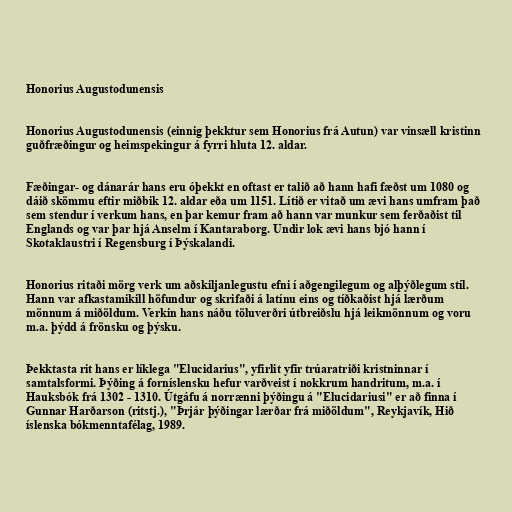
Honorius Augustodunensis

Honorius Augustodunensis (einnig þekktur sem Honorius frá Autun) var vinsæll kristinn
guðfræðingur og heimspekingur á fyrri hluta 12. aldar.

Fæðingar- og dánarár hans eru óþekkt en oftast er talið að hann hafi fæðst um 1080 og
dáið skömmu eftir miðbik 12. aldar eða um 1151. Lítið er vitað um ævi hans umfram það
sem stendur í verkum hans, en þar kemur fram að hann var munkur sem ferðaðist til
Englands og var þar hjá Anselm í Kantaraborg. Undir lok ævi hans bjó hann í
Skotaklaustri í Regensburg í Þýskalandi.

Honorius ritaði mörg verk um aðskiljanlegustu efni í aðgengilegum og alþýðlegum stíl.
Hann var afkastamikill höfundur og skrifaði á latínu eins og tíðkaðist hjá lærðum
mönnum á miðöldum. Verkin hans náðu töluverðri útbreiðslu hjá leikmönnum og voru
m.a. þýdd á frönsku og þýsku.

Þekktasta rit hans er líklega "Elucidarius", yfirlit yfir trúaratriði kristninnar í
samtalsformi. Þýðing á forníslensku hefur varðveist í nokkrum handritum, m.a. í
Hauksbók frá 1302 - 1310. Útgáfu á norrænni þýðingu á "Elucidariusi" er að finna í
Gunnar Harðarson (ritstj.), "Þrjár þýðingar lærðar frá miðöldum", Reykjavík, Hið
íslenska bókmenntafélag, 1989.